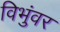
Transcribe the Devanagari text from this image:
विभुंवर